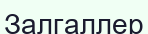
Залгаллер